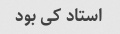
استاد کی بود